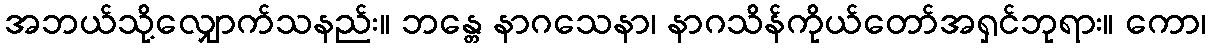
အဘယ်သို့လျှောက်သနည်း။ ဘန္တေ နာဂသေနာ၊ နာဂသိန်ကိုယ်တော်အရှင်ဘုရား။ ကော၊